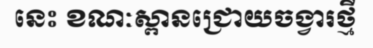
នេះ ខណៈស្ពានជ្រោយចង្វារថ្មី